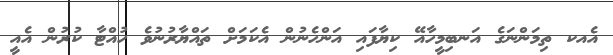
އެއކ ތިމަންނަގެ އަނބިމީހާއޭ ކިޔާފައި އަންހެނުން އެކަމަށް ތައްޔާރުނުވެ ހުއްޓާ ކުރުން އެއީ